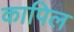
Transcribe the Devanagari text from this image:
कापिल